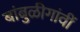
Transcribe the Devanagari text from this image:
बांबुळीगांवीं